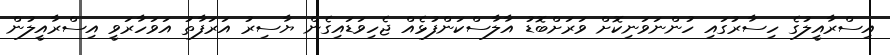
އިސްރާއީލުގެ ހިސާރުގައި ހުންނަވަނިކޮށް ވަރަށްބޮޑު އާލާސްކަންފުޅެއް ޖެހިވަޑައިގެން ޔާސިރު އަރަފާތު އަވަހާރަވީ އިސްރާއީލުން